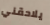
يلاحقني